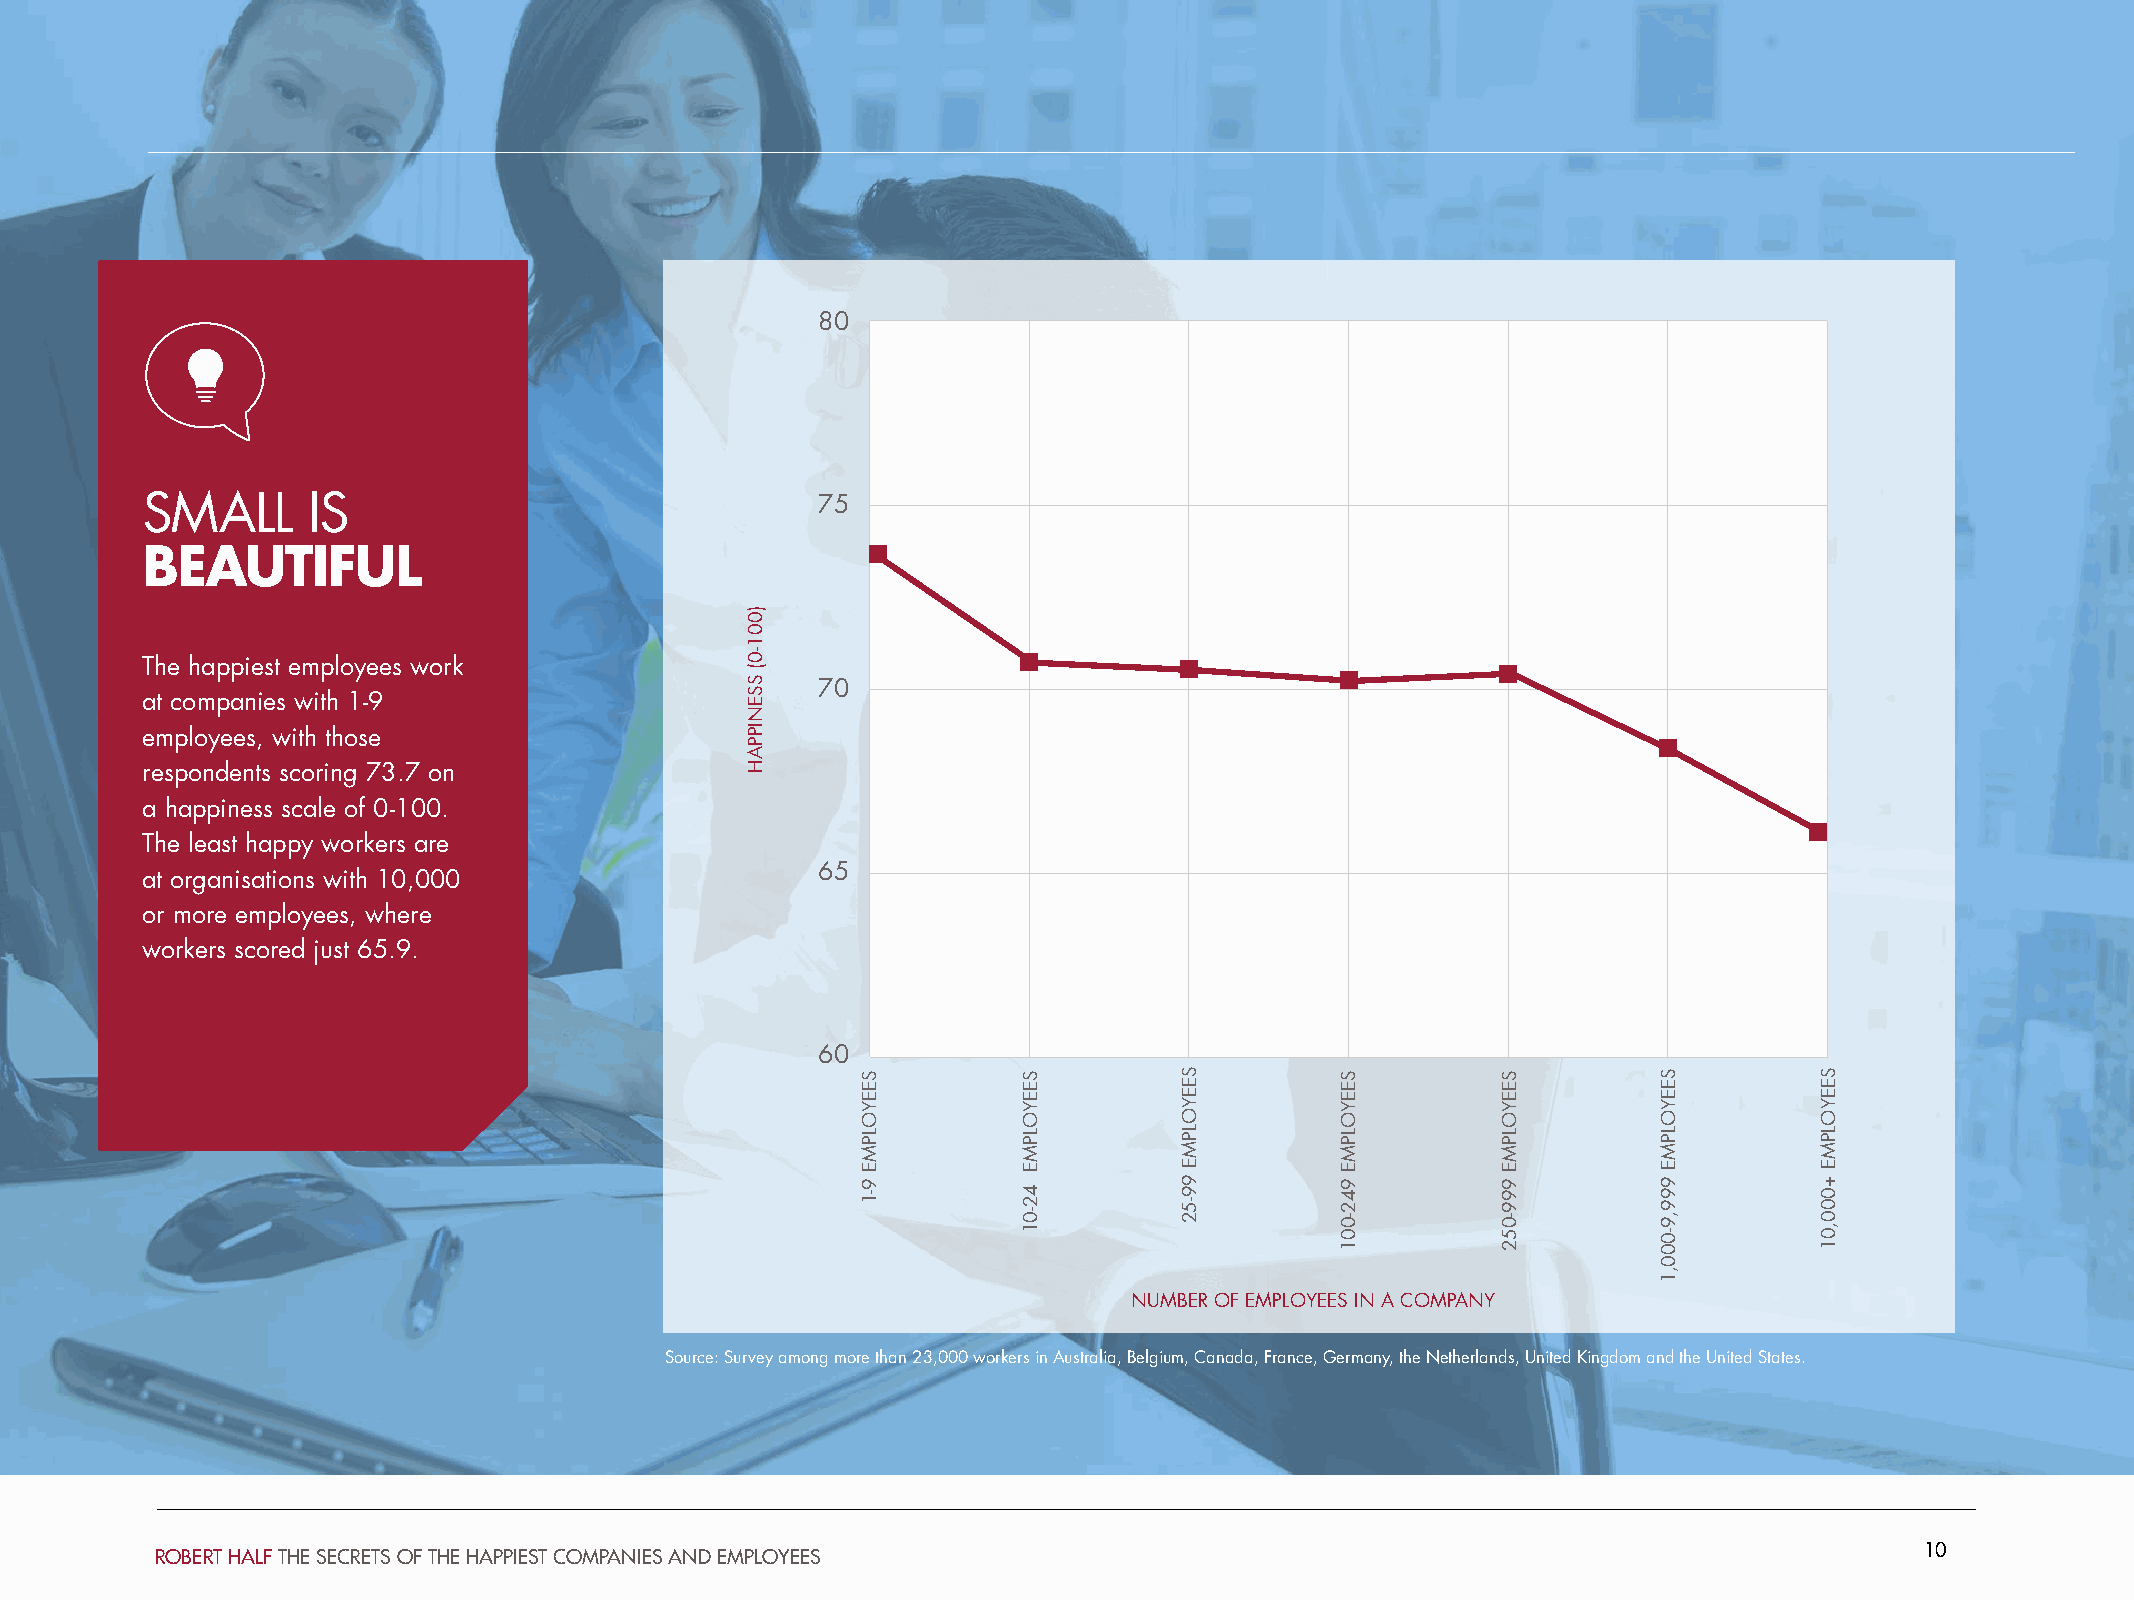
80
 SMALL      IS                                75
 BEAUTIFUL
 The happiest employees work
 70
 at companies with 1-9
 employees, with those
 respondents scoring 73.7 on
 a happiness scale of 0-100.
 The least happy workers are
 65
 at organisations with 10,000
 or more employees, where
 workers scored just 65.9.
 60
 NUMBER OF EMPLOYEES IN A COMPANY
 Source: Survey among more than 23,000 workers in Australia, Belgium, Canada, France, Germany, the Netherlands, United Kingdom and the United States.
 10
 ROBERT HALF THE SECRETS OF THE HAPPIEST COMPANIES AND EMPLOYEES
 )001-0(
 SSENIPPAH
 SEEYOLPME
 9-1
 SEEYOLPME
 42-01
 SEEYOLPME
 99-52
 SEEYOLPME
 942-001
 SEEYOLPME
 999-052
 SEEYOLPME
 999,9-000,1
 SEEYOLPME
 +000,01